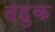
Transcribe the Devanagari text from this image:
दहुक